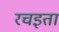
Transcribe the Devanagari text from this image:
रचइता